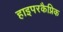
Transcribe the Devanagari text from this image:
हाइपरकैप्निक